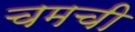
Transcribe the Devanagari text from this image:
चमची